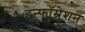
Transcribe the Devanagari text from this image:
इन्फॉम्रेशन